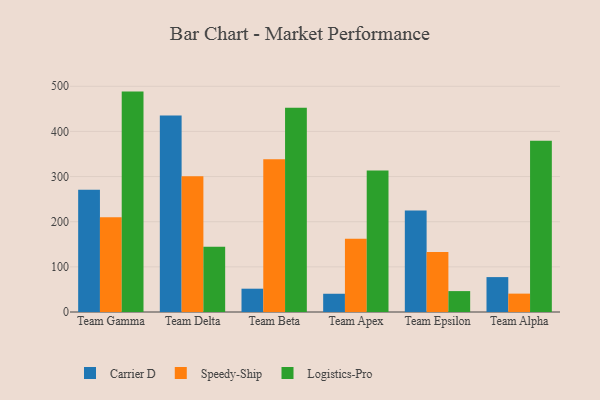
{"axis": {"x": "Team", "y": "Customer Acquisition Cost (USD)"}, "legend": ["Carrier D", "Logistics-Pro", "Speedy-Ship"], "data": [{"x": "Team Gamma", "y": 270.9, "type": "Carrier D"}, {"x": "Team Gamma", "y": 209.9, "type": "Speedy-Ship"}, {"x": "Team Gamma", "y": 488.2, "type": "Logistics-Pro"}, {"x": "Team Delta", "y": 435.1, "type": "Carrier D"}, {"x": "Team Delta", "y": 300.6, "type": "Speedy-Ship"}, {"x": "Team Delta", "y": 144.8, "type": "Logistics-Pro"}, {"x": "Team Beta", "y": 51.6, "type": "Carrier D"}, {"x": "Team Beta", "y": 338.2, "type": "Speedy-Ship"}, {"x": "Team Beta", "y": 452.5, "type": "Logistics-Pro"}, {"x": "Team Apex", "y": 40.4, "type": "Carrier D"}, {"x": "Team Apex", "y": 162.5, "type": "Speedy-Ship"}, {"x": "Team Apex", "y": 313.4, "type": "Logistics-Pro"}, {"x": "Team Epsilon", "y": 225.1, "type": "Carrier D"}, {"x": "Team Epsilon", "y": 132.9, "type": "Speedy-Ship"}, {"x": "Team Epsilon", "y": 46.3, "type": "Logistics-Pro"}, {"x": "Team Alpha", "y": 77.3, "type": "Carrier D"}, {"x": "Team Alpha", "y": 40.7, "type": "Speedy-Ship"}, {"x": "Team Alpha", "y": 379.6, "type": "Logistics-Pro"}]}